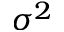
\sigma ^ { 2 }